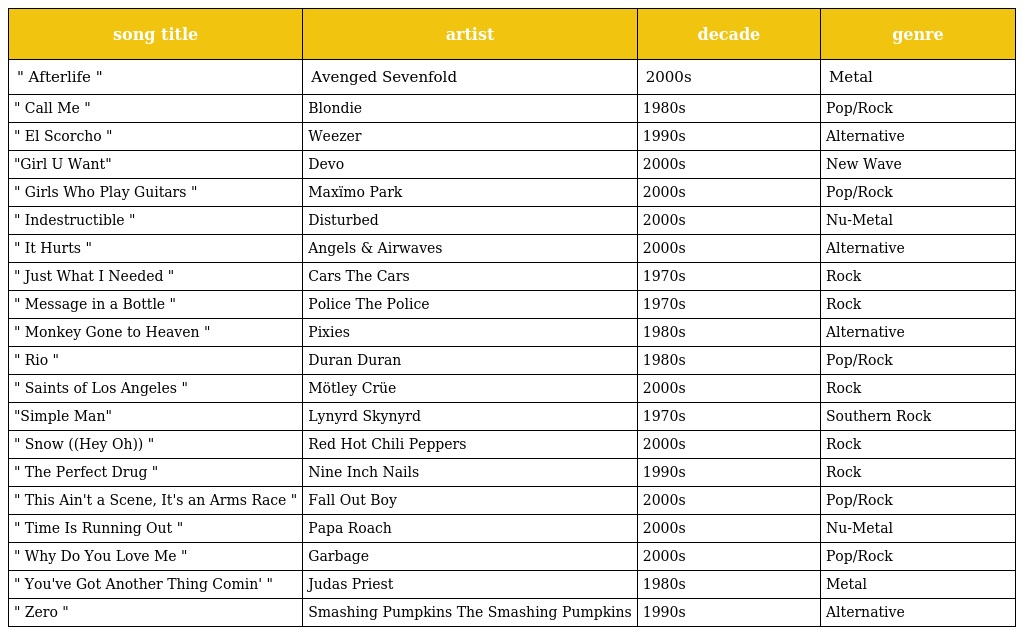
| song title | artist | decade | genre |
 | --- | --- | --- | --- |
 | " Afterlife " | Avenged Sevenfold | 2000s | Metal |
 | " Call Me " | Blondie | 1980s | Pop/Rock |
 | " El Scorcho " | Weezer | 1990s | Alternative |
 | "Girl U Want" | Devo | 2000s | New Wave |
 | " Girls Who Play Guitars " | Maxïmo Park | 2000s | Pop/Rock |
 | " Indestructible " | Disturbed | 2000s | Nu-Metal |
 | " It Hurts " | Angels & Airwaves | 2000s | Alternative |
 | " Just What I Needed " | Cars The Cars | 1970s | Rock |
 | " Message in a Bottle " | Police The Police | 1970s | Rock |
 | " Monkey Gone to Heaven " | Pixies | 1980s | Alternative |
 | " Rio " | Duran Duran | 1980s | Pop/Rock |
 | " Saints of Los Angeles " | Mötley Crüe | 2000s | Rock |
 | "Simple Man" | Lynyrd Skynyrd | 1970s | Southern Rock |
 | " Snow ((Hey Oh)) " | Red Hot Chili Peppers | 2000s | Rock |
 | " The Perfect Drug " | Nine Inch Nails | 1990s | Rock |
 | " This Ain't a Scene, It's an Arms Race " | Fall Out Boy | 2000s | Pop/Rock |
 | " Time Is Running Out " | Papa Roach | 2000s | Nu-Metal |
 | " Why Do You Love Me " | Garbage | 2000s | Pop/Rock |
 | " You've Got Another Thing Comin' " | Judas Priest | 1980s | Metal |
 | " Zero " | Smashing Pumpkins The Smashing Pumpkins | 1990s | Alternative |